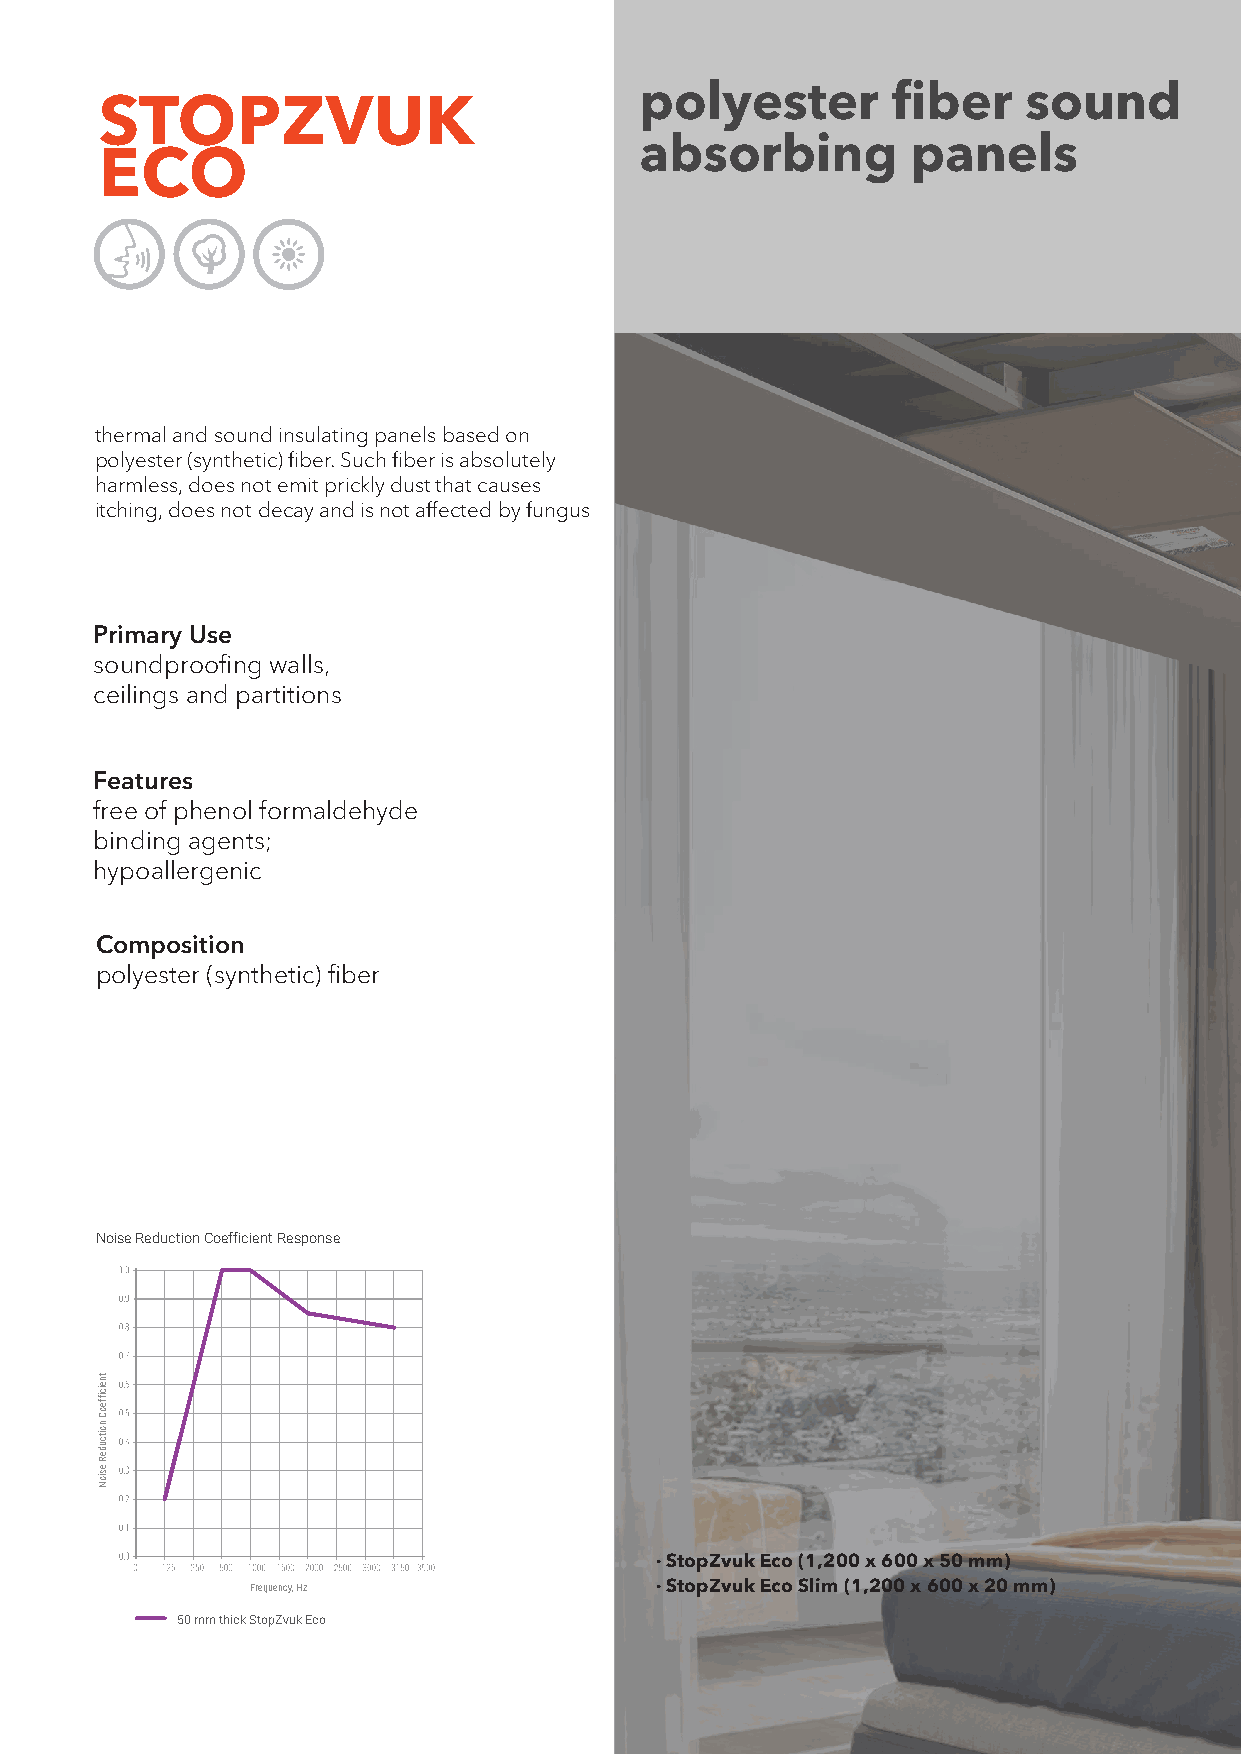
polyester        fiber    sound
 STOPZVUK
 absorbing         panels
 ECO
 thermal and sound insulating panels based on
 polyester (synthetic) fiber. Such fiber is absolutely
 harmless, does not emit prickly dust that causes
 itching, does not decay and is not affected by fungus
 Primary Use
 soundproofing walls,
 ceilings and partitions
 Features
 free of phenol formaldehyde
 binding agents;
 hypoallergenic
 Composition
 polyester (synthetic) fiber
 Noise Reduction Coefficient Response
 · StopZvuk Eco (1,200 x 600 x 50 mm)
 Frequency, Hz             · StopZvuk Eco Slim (1,200 x 600 x 20 mm)
 50 mm thick StopZvuk Eco
 tneiciffeoC
 noitcudeR
 esioN